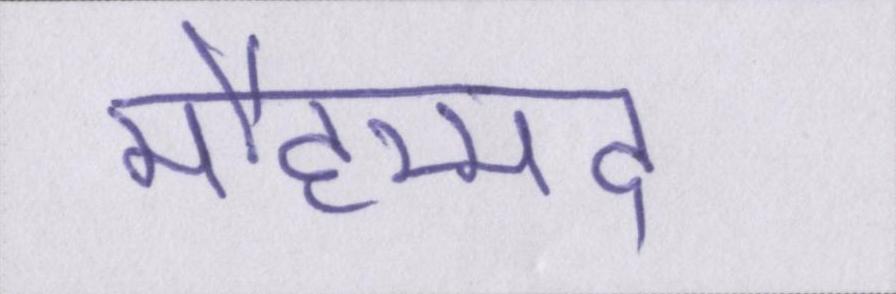
मौहम्मद